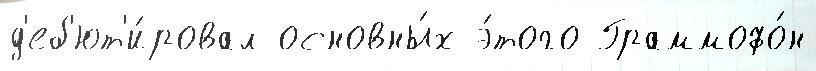
д'еб'ют'и́ровал основны́х э́того Граммофо́н